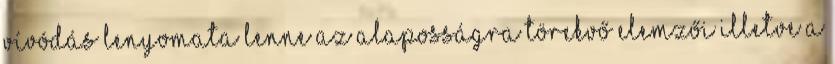
vívódás lenyomata lenne az alaposságra törekvő elemzői illetve a